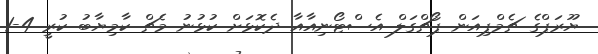
ޔޫރަޕްގެ ޗެމްޕިއަން ޕޯޗްގަލް އެސްޓޯނިއާއާ ދެކޮޅަށް ކުޅުނު މެޗް ކާމިޔާބު ކުރީ 4-1